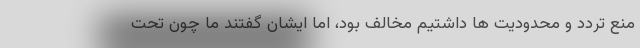
منع تردد و محدودیت ها داشتیم مخالف بود، اما ایشان گفتند ما چون تحت